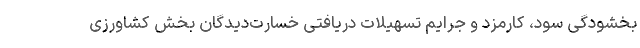
بخشودگی سود، کارمزد و جرایم تسهیلات دریافتی خسارت‌دیدگان بخش کشاورزی